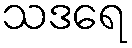
သဒရေ